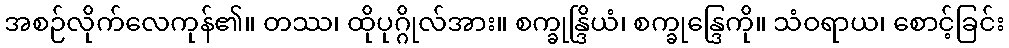
အစဉ်လိုက်လေကုန်၏။ တဿ၊ ထိုပုဂ္ဂိုလ်အား။ စက္ခုန္ဒြိယံ၊ စက္ခုန္ဒြေကို။ သံဝရာယ၊ စောင့်ခြင်း